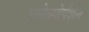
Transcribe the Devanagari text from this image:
मलेब्सोर्पशन